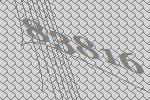
83816